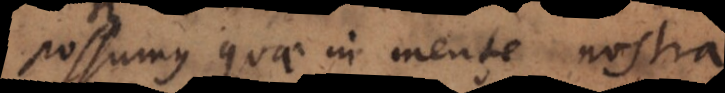
possumus quae in mente nostra